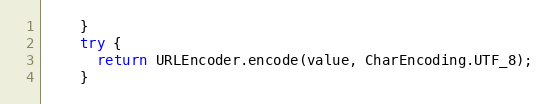
Language: Java
    }
    try {
      return URLEncoder.encode(value, CharEncoding.UTF_8);
    }